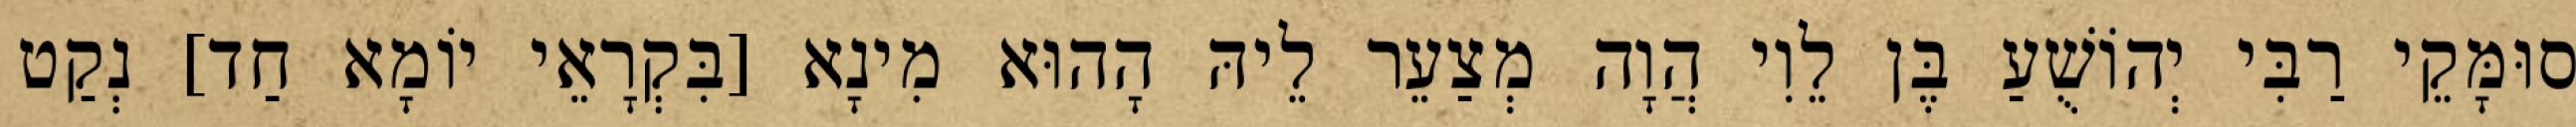
סוּמָּקֵי רַבִּי יְהוֹשֻׁעַ בֶּן לֵוִי הֲוָה מְצַעֵר לֵיהּ הָהוּא מִינָא [בִּקְרָאֵי יוֹמָא חַד] נְקַט